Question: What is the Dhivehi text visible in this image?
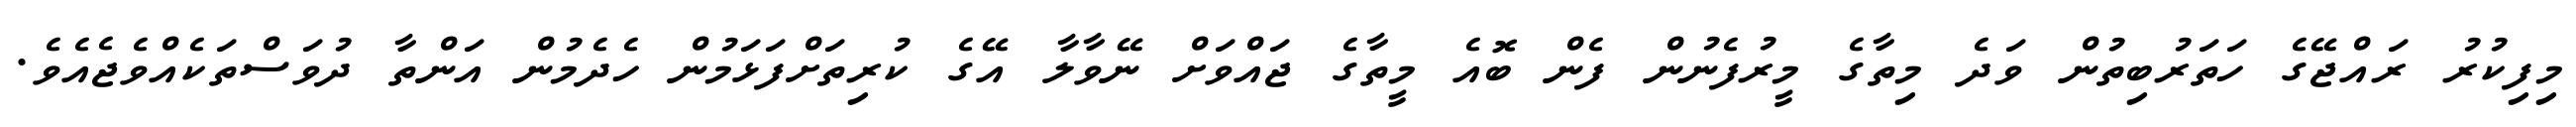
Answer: މިފިކުރު ރައްޖޭގެ ހަތަރުބިތުން ވަދެ މިތާގެ މީރުފެނުން ފެން ބޮއެ މީތާގެ ޖައްވަށް ނޭވާލާ އޭގެ ކުރިތަށްފަޅަމުން ހެދެމުން އަންތާ ދުވަސްތަކެއްވެޖެއެވެ.